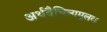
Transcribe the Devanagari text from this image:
अर्थवैचित्र्यमूलक